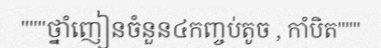
"""ថ្នាំញៀនចំនួន៤កញ្ចប់តូច , កាំបិត"""